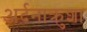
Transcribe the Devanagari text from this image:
अर्दनाक्रुशा